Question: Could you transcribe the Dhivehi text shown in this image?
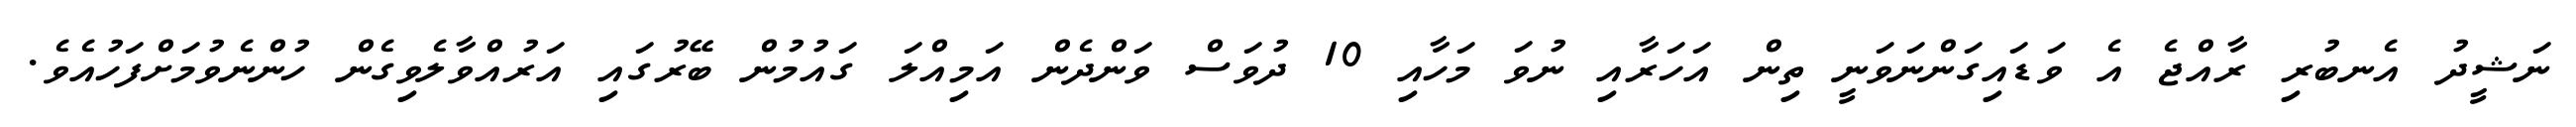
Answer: ނަޝީދު އެނބުރި ރާއްޖެ އެ ވަޑައިގަންނަވަނީ ތިން އަހަރާއި ނުވަ މަހާއި 10 ދުވަސް ވަންދެން އަމިއްލަ ގައުމުން ބޭރުގައި އަރުއްވާލެވިގެން ހުންނެވުމަށްފަހުއެވެ.